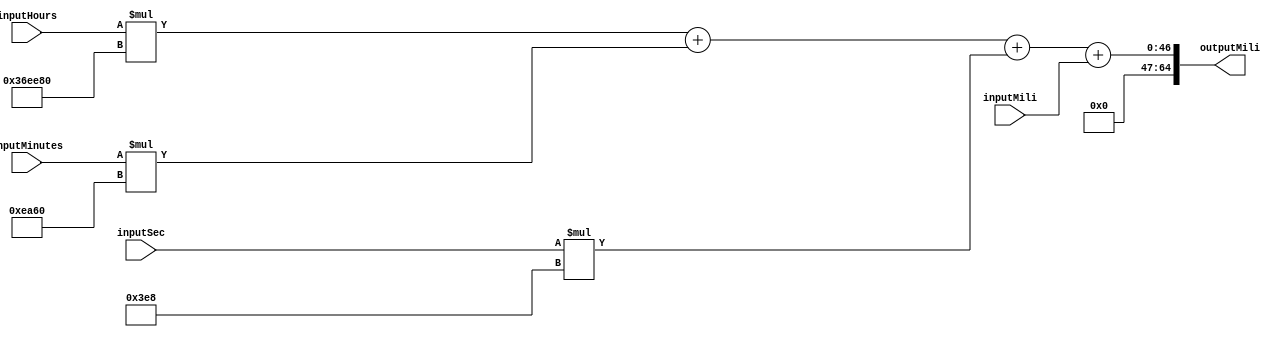
`timescale 1ns / 1ps
//////////////////////////////////////////////////////////////////////////////////
// Company: 
// Engineer: 
// 
// Design Name: 
// Module Name: timeToMili
// Project Name: 
// Target Devices: 
// Tool Versions: 
// Description: 
// 
// Dependencies: 
// 
// Revision:
// Revision 0.01 - File Created
// Additional Comments:
// 
//////////////////////////////////////////////////////////////////////////////////


module timeToMili(
    input [21:0] inputMinutes,inputHours,inputSec,inputMili,
    output [64:0] outputMili //17 bits binary ng mili in days  

    );
    
    assign outputMili =  (inputHours*22'b1101101110111010000000)//3600000
     + (inputMinutes*16'b1110101001100000)//60000 
     + (inputSec*10'b1111101000)//1000 
     + inputMili;
    
    
endmodule